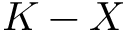
K - X